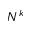
N ^ { k }